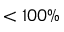
< 1 0 0 \%